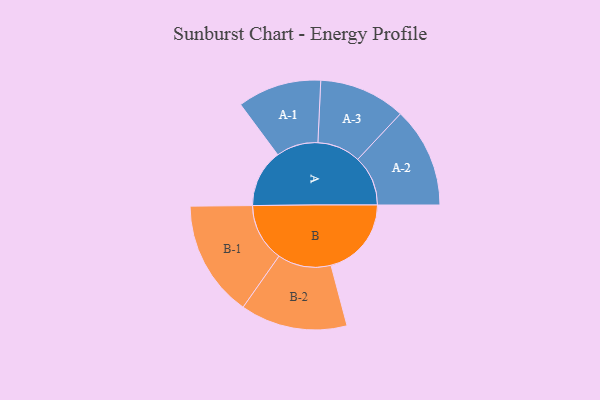
{"axis": {"x": "Segment", "y": "Value"}, "legend": ["", "A", "B"], "data": [{"x": "A", "y": 260, "type": ""}, {"x": "B", "y": 362, "type": ""}, {"x": "A-1", "y": 189, "type": "A"}, {"x": "A-2", "y": 226, "type": "A"}, {"x": "A-3", "y": 195, "type": "A"}, {"x": "B-1", "y": 262, "type": "B"}, {"x": "B-2", "y": 241, "type": "B"}]}